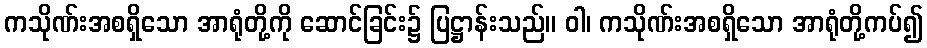
ကသိုဏ်းအစရှိသော အာရုံတို့ကို ဆောင်ခြင်း၌ ပြဋ္ဌာန်းသည်။ ဝါ၊ ကသိုဏ်းအစရှိသော အာရုံတို့ကပ်၍